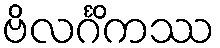
ဗိလင်္ဂိကဿ